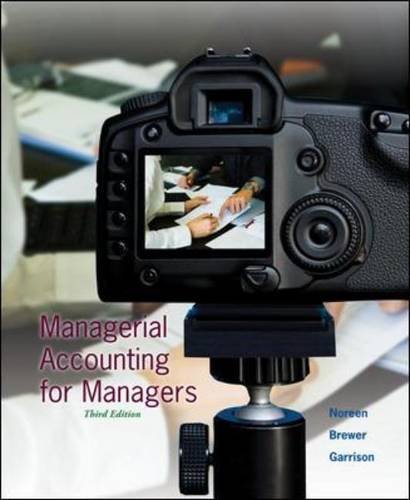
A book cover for Managerial Accounting for Managers; Eric Noreen; Business & Money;